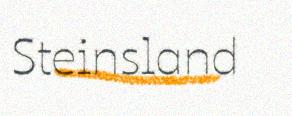
Steinsland